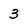
Character: 3